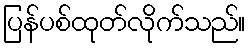
ပြန်ပစ်ထုတ်လိုက်သည်။